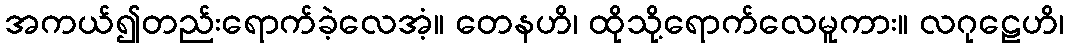
အကယ်၍တည်းရောက်ခဲ့လေအံ့။ တေနဟိ၊ ထိုသို့ရောက်လေမူကား။ လဂုဠေဟိ၊